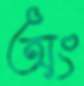
অং